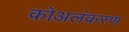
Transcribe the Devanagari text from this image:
कोअलंकरण